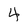
Character: 4